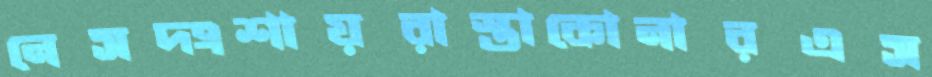
নেসদংশায়রাস্তাকোনারএস